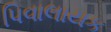
પિવાલાયક